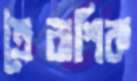
ত্রৈরাশিক